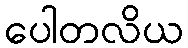
ပေါတလိယ